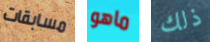
مسابقات ماهو ذلك